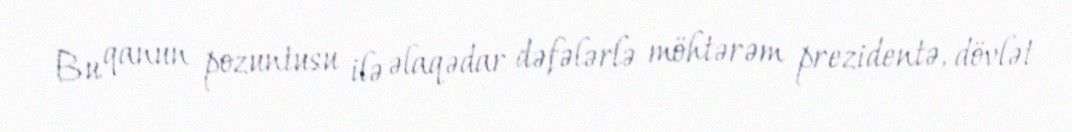
Bu qanun pozuntusu ilə əlaqədar dəfələrlə möhtərəm prezidentə, dövlət